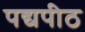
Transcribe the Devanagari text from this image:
पद्यपीठ